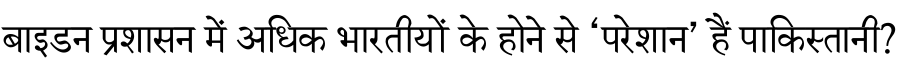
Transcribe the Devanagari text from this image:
बाइडन प्रशासन में अधिक भारतीयों के होने से ‘परेशान’ हैं पाकिस्तानी?